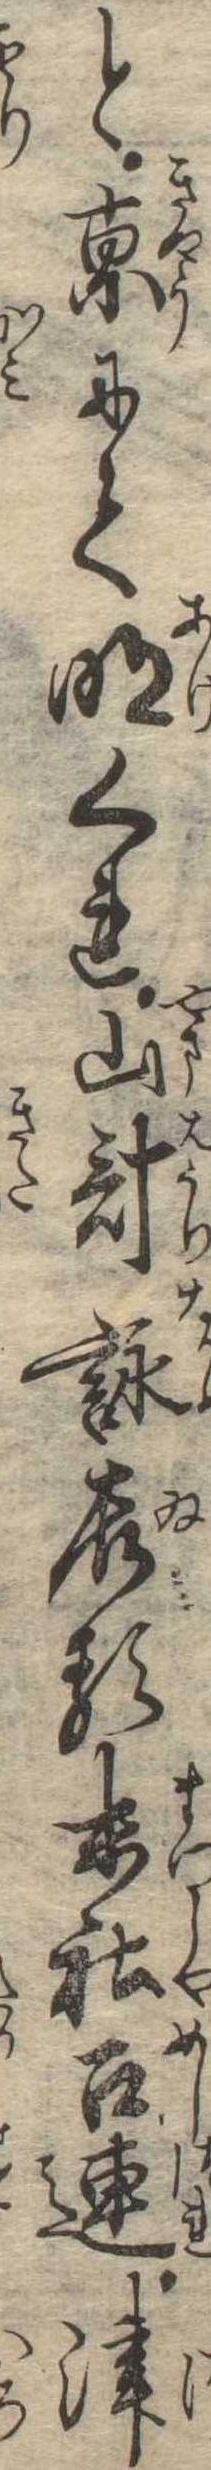
と京にて明くれ山計詠居る末社召連津